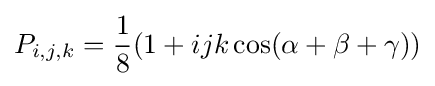
P_{i,j,k}={\frac {1}{8}}(1+ijk\cos(\alpha +\beta +\gamma ))